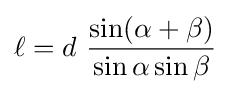
\ell =d\ {\frac {\sin(\alpha +\beta )}{\sin \alpha \sin \beta }}